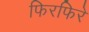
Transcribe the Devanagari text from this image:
फिरफिरे